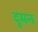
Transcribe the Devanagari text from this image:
दुमन